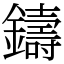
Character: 鑄